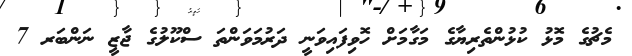
މެޗުގެ މޮޅު ކުޅުންތެރިޔާގެ މަގާމަށް ހޮވިފައިވަނީ ދަރުމަވަންތަ ސްކޫލުގެ ޖާޒީ ނަންބަރ 7